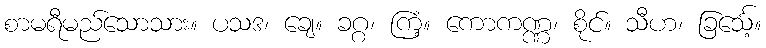
စာမရီမည်သောသား။ ပသဒ၊ ချေ။ ခဂ္ဂ၊ ကြံ့။ ကောကဏ္ဏ၊ စိုင်။ သီဟ၊ ခြင်္သေ့။